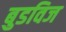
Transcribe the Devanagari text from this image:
बुडविज